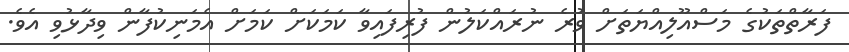
ފަރާތްތަކުގެ މަސްއޫލިއްޔަތަށް ވުރެ ނުރައްކަލުން ފުރިފައިވާ ކަމަކަށް ކަމަށް އެމަނިކުފާން ވިދާޅުވި އެވެ.